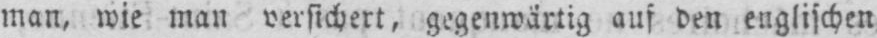
man, wie man versichert, gegenwärtig aus den englischen